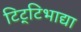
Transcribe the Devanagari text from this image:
टिट्‌टिभाद्या